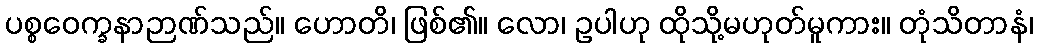
ပစ္စဝေက္ခနာဉာဏ်သည်။ ဟောတိ၊ ဖြစ်၏။ လော၊ ဥပါဟု ထိုသို့မဟုတ်မူကား။ တုံသိတာနံ၊